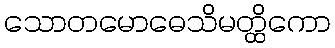
သောတမောဓေသိမတ္ထိကော